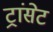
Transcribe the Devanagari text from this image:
ट्रांसेट